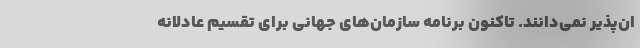
ان‌پذیر نمی‌دانند. تاکنون برنامه سازما‌ن‌های جهانی برای تقسیم عادلانه